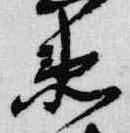
衛